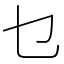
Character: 乜